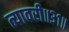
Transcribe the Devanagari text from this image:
त्यावरी॥३१॥